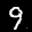
Label: 9